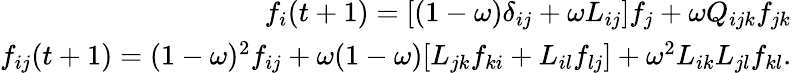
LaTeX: \begin{array}{r}{f_{i}(t+1)=[(1-\omega)\delta_{ij}+\omega L_{ij}]f_{j}+\omega Q_{ijk}f_{jk}}\\ {f_{ij}(t+1)=(1-\omega)^{2}f_{ij}+\omega(1-\omega)[L_{jk}f_{ki}+L_{il}f_{lj}]+\omega^{2}L_{ik}L_{jl}f_{kl}.}\end{array}